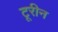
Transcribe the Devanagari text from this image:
टूरीन